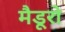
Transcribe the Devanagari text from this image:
मैडूरो